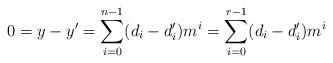
LaTeX: \begin{align*}0 = y-y' = \sum_{i=0}^{n-1} (d_i - d'_i ) m^i = \sum_{i=0}^{r-1} (d_i - d'_i ) m^i \end{align*}